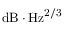
\mathrm { { d B } \cdot \mathrm { { H z } ^ { 2 / 3 } } }